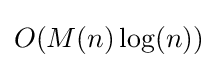
O(M(n)\log(n))